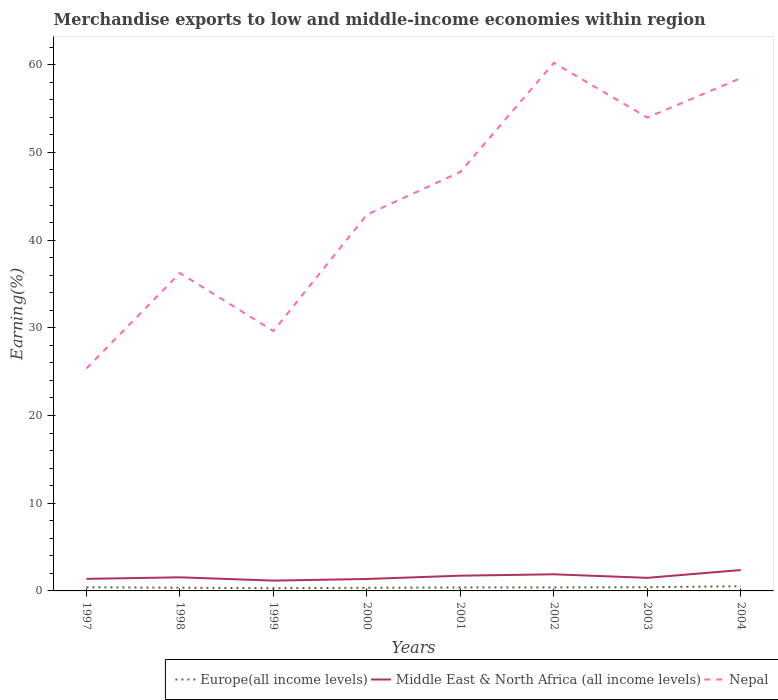
| Years | Europe(all income levels) | Middle East & North Africa (all income levels) | Nepal |
 | --- | --- | --- | --- |
 | 1997 | 0.417 | 1.38 | 25.4 |
 | 1998 | 0.365 | 1.55 | 36.2 |
 | 1999 | 0.308 | 1.18 | 29.6 |
 | 2000 | 0.358 | 1.36 | 42.9 |
 | 2001 | 0.392 | 1.74 | 47.8 |
 | 2002 | 0.4 | 1.9 | 60.2 |
 | 2003 | 0.424 | 1.49 | 54 |
 | 2004 | 0.532 | 2.38 | 58.5 |